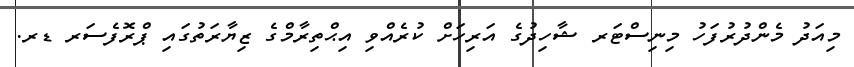
މިއަދު މެންދުރުފަހު މިނިސްޓަރ ޝާހިދުގެ އަރިހަށް ކުރެއްވި އިޙްތިރާމްގެ ޒިޔާރަތުގައި ޕްރޮފެސަރ ޑރ.